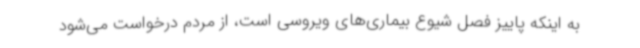
به اینکه پاییز فصل شیوع بیماری‌های ویروسی است، از مردم درخواست می‌شود